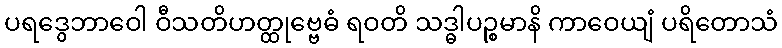
ပရဒွေဘာဝေါ ဝီသတိဟတ္ထုဗ္ဗေဓံ ရဝတိ သဒ္ဓါပဉ္စမာနိ ကာဝေယျံ ပရိတောသံ